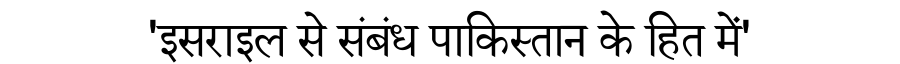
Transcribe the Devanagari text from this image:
'इसराइल से संबंध पाकिस्तान के हित में'